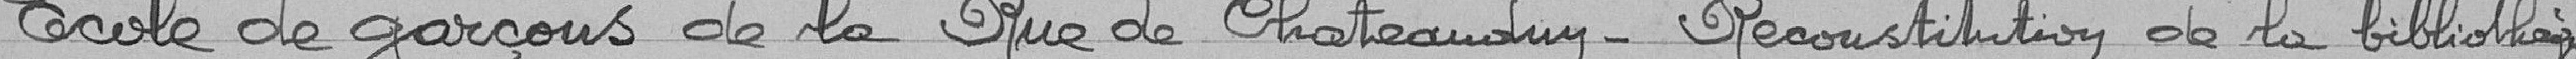
Ecole de garçons de la Rue de Chateaudun - Reconstitution de la bibliothèque